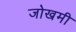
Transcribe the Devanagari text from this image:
जोखमी